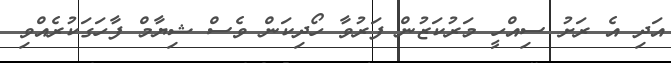
އަދި އެ ރަށު ސިއްހީ މަރުކަޒުން ފަރުވާ ހޯދިކަން ވެސް ޝިޔާމް ފާހަގަކުރެއްވި